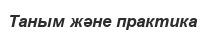
Таным және практика